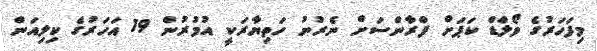
މިފަހަރުގެ ވޯލްޑް ކަޕަށް ފްރާންސަށް ނެރުނު ހަތިޔާރަކީ އުމުރުން 19 އަހަރުގެ ކިލިއަން